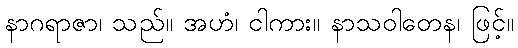
နာဂရာဇာ၊ သည်။ အဟံ၊ ငါကား။ နာသဝါတေန၊ ဖြင့်။